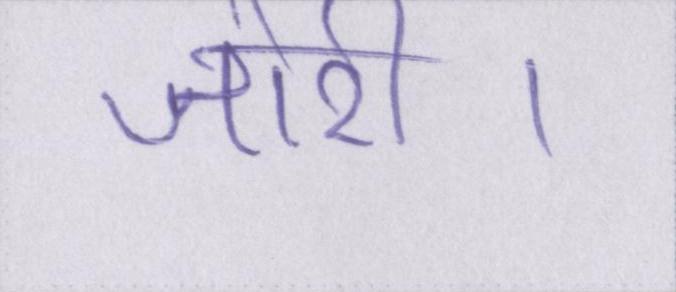
जोरी।